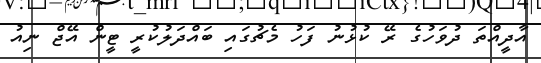
އާދީއްތަ ދުވަހުގެ ރޭ ކުޅުނު ފަހު މެޗުގައި ބައްދަލުކުރީ ޓީން އޭޖް ނިއު